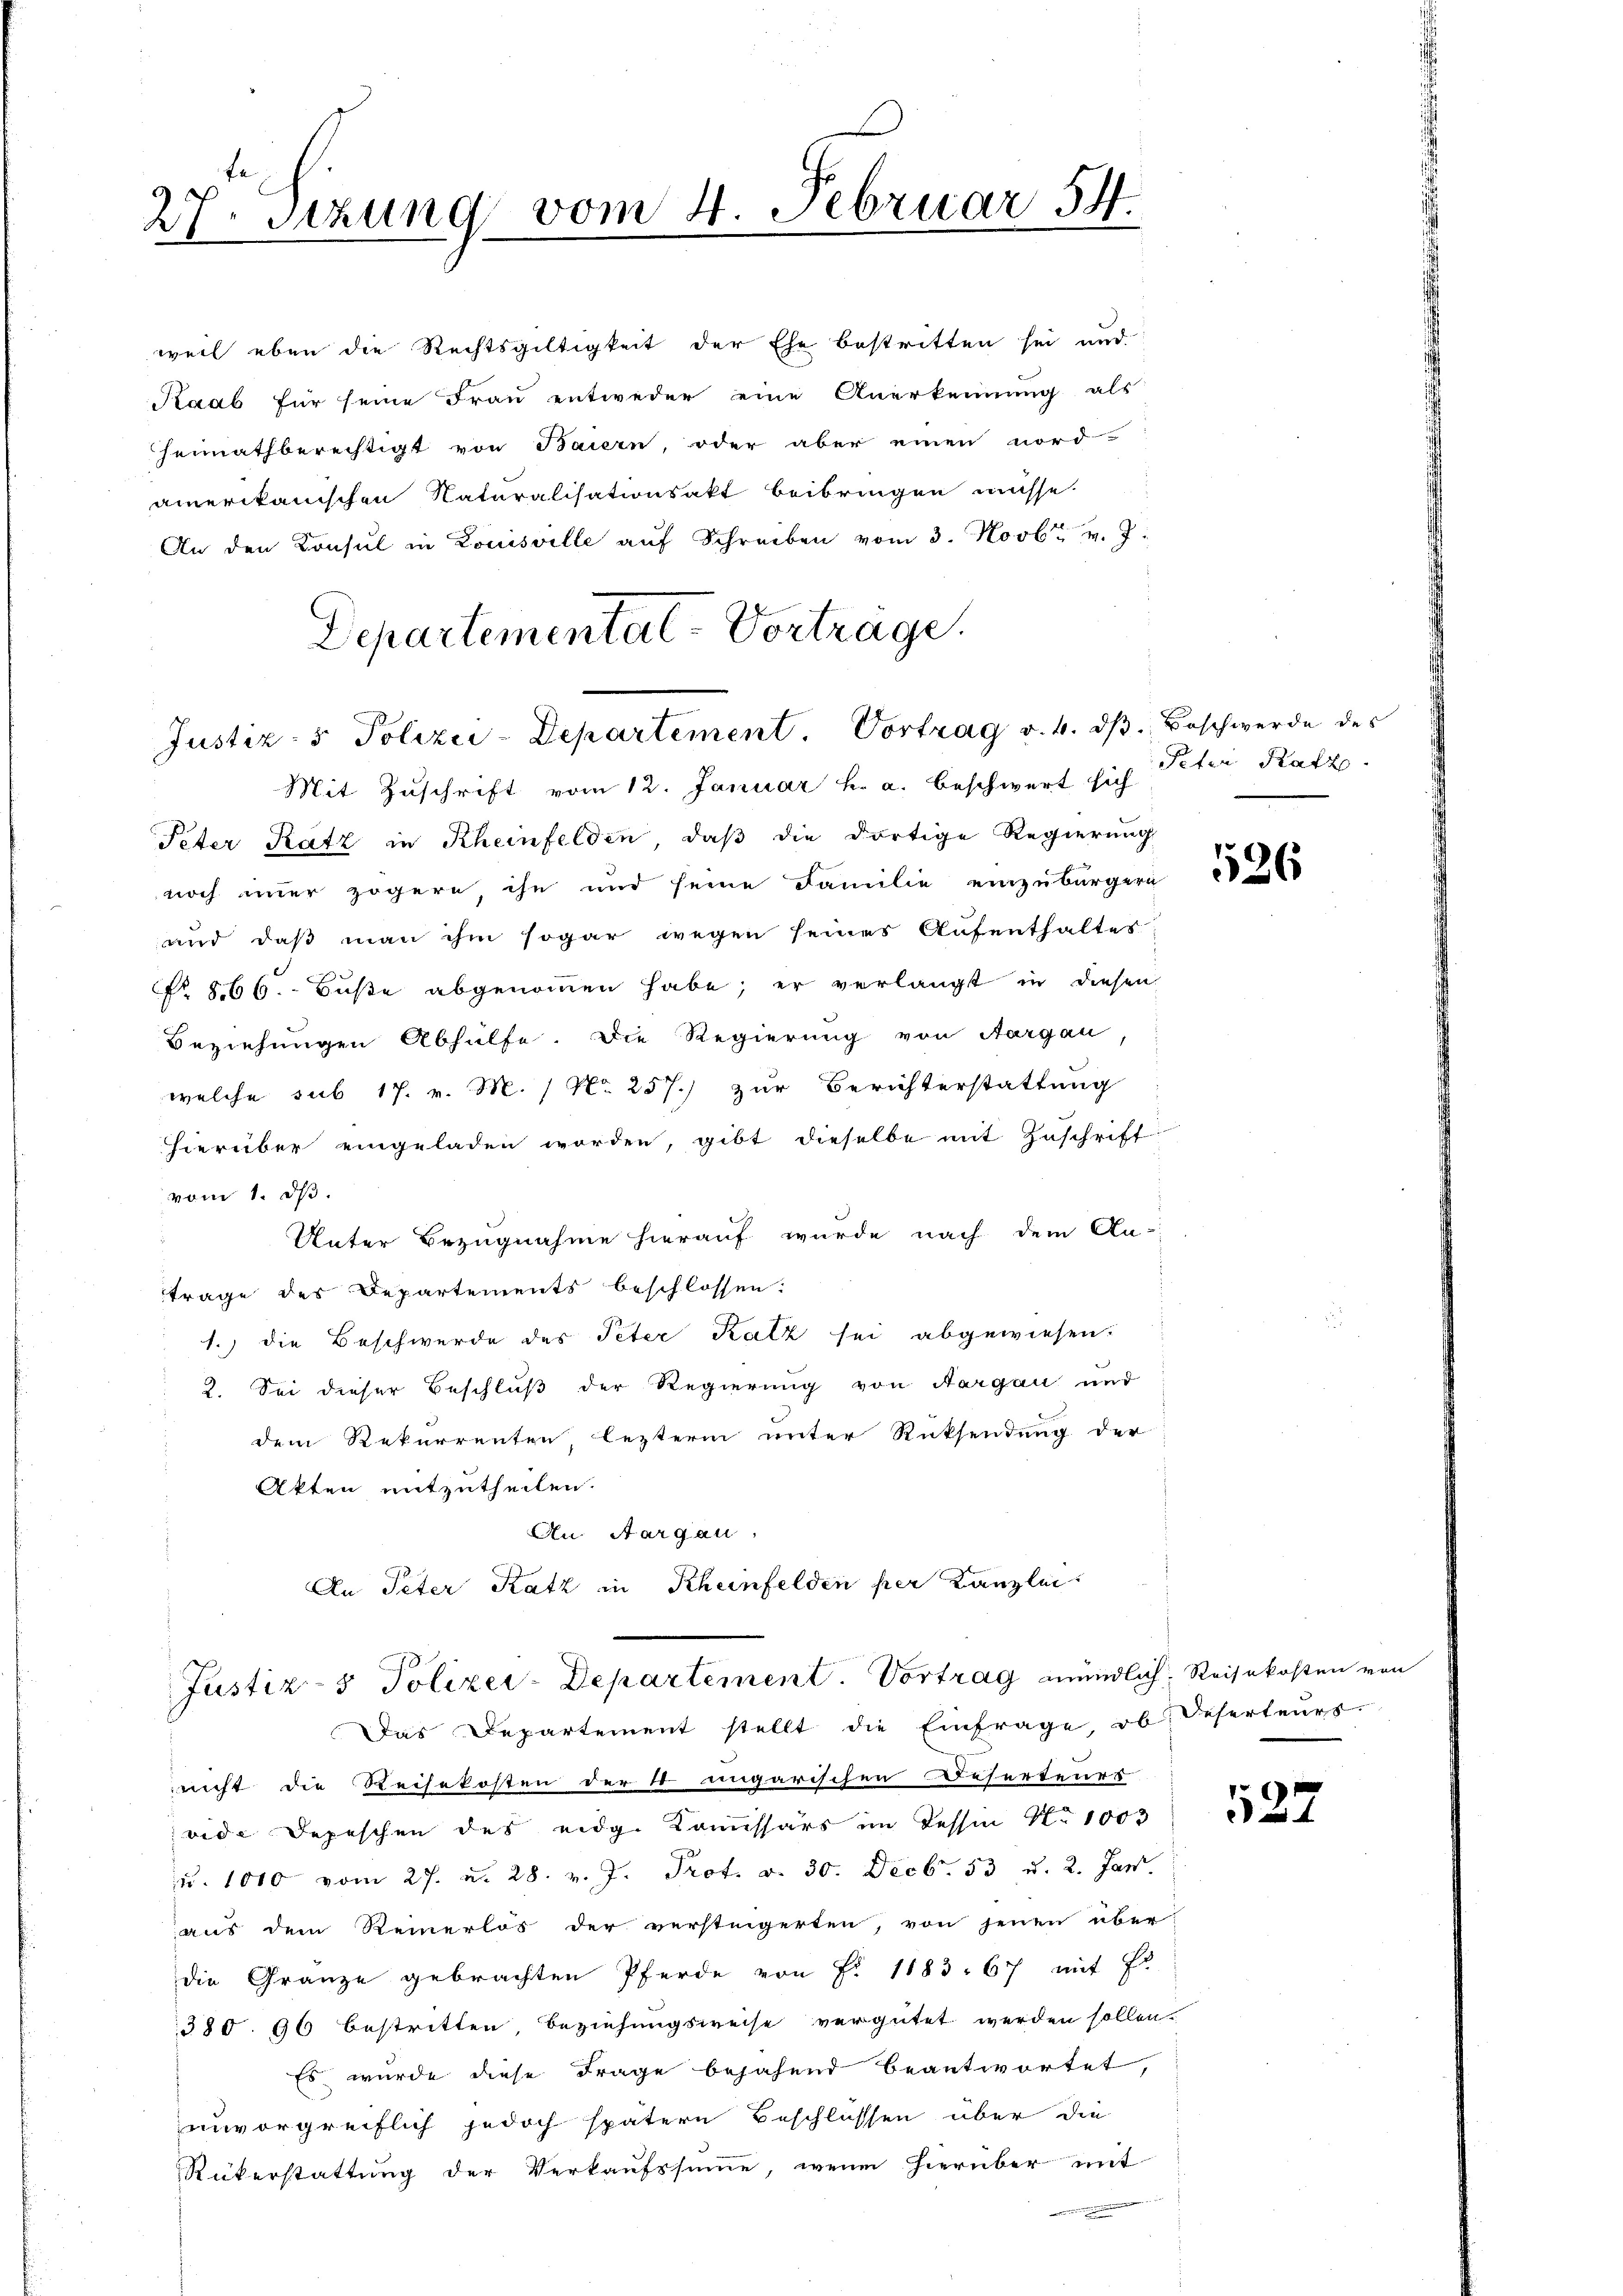
27. Sitzung vom 4. Februar 54.

heimathberechtigt von Baiern, oder aber einen nord-
amerikanischen Naturalisationsakt beibringen müsse.
An den Konsul in Louisville aŭf Schreiben vom 3. Novbr. v. J.
Mit Zuschrift vom 12. Januar h. a. beschwert sich
Peter Ratz in Rheinfelden, daß die dortige Regierung
noch immer zögern, ihn und seine Familie einzubürgern
und daß man ihm sogar wegen seines Aufenthaltes
No. 866.- Buße abgenommen habe; er verlangt in diesen
Beziehungen Abhülfe. Die Regierung von Aargau
welche sub 17. v. M. / Nr. 257.) zur Berichterstattung
hierüber eingeladen worden, gibt dieselbe mit Zuschrift
vom 1. d.
Unter Bezugnahme hierauf wurde nach dem An-
trage des Departements beschlossen:
1.) die Beschwerde des Peter Katz sei abgewiesen.
2. Sei dieser Beschluß der Regierung von Aargau und
dem Rekurrenten lezterm unter Rücksendung der
Akten mitzutheilen.
An Aargau,
An Peter Katz in Rheinfelden per Kanzlei

weil eben die Rechtsgültigkeit der Ehe bestritten sei und
Kaab für seine Frau entweder eine Anerkennung als

Departemental-Vortrage.
Justiz- & Polizei-Departement. Vortrag v. 4. dβ. Beschwerde des

Justiz- & Polizei-Departement. Vortrag mündlich Reisekosten vor
Das Departement stellt die Einfrage, ob Deserteurs.

Peter Ratz

nnicht die Reisekosten der 4. ungarischen Besertenes
vide Depeschen des eidg. Kommissärs im Tessin N. 1003
u. 1010 vom 27. d. 28. v. J. Prot. v. 30. Decb. 53 u. 2. Jan.
aus dem Reinerlös der versteigerten, von jenen über
die Gränze gebrachten Pferde von Fr. 1183. 67 mit Fr
380. 96 bestritten, beziehungsweise vergütet werden sollen.
Es wurde diese Frage bejahend beantwortet,
unvorgreiflich jedoch spätern Beschlüssen über die
Rükerstattung der Verkaŭfssumme, wenn hierüber mit
d
wenn einen die

526

127